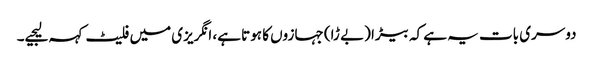
دوسری بات یہ ہے کہ بیڑا (بے ڑا) جہازوں کا ہوتا ہے، انگریزی میں فلیٹ کہہ لیجیے۔